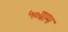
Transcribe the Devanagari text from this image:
५०ग्राम